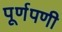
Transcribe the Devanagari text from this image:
पूर्णपणी